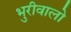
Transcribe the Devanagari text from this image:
भुरीवालो